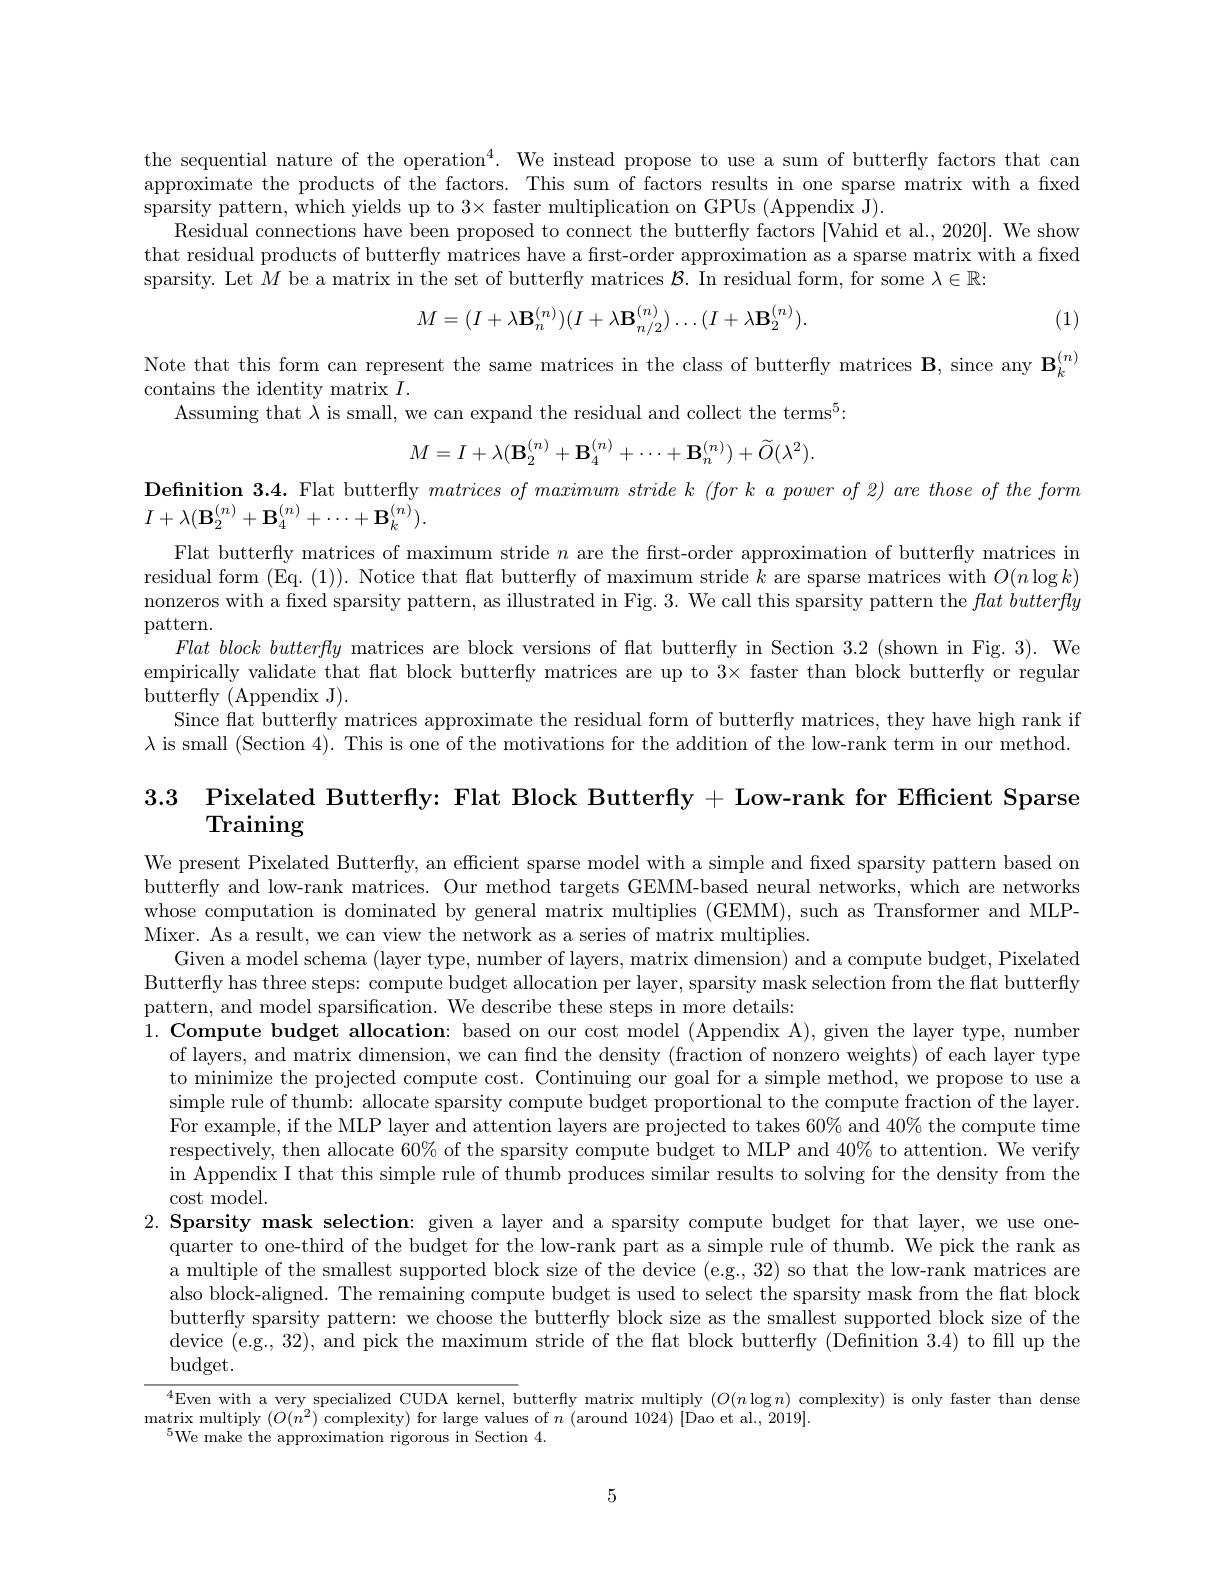
the sequential nature of the operation$^4.$ We instead propose to use a sum of butterfly factors that can approximate the products of the factors. This sum of factors results in one sparse matrix with a fixed sparsity pattern, which yields up to 3× faster multiplication on GPUs (Appendix J).
Residual connections have been proposed to connect the butterfly factors [Vahid et al., 2020]. We show that residual products of butterfly matrices have a first-order approximation as a sparse matrix with a fixed sparsity. Let $M$ be a matrix in the set of butterfly matrices $\mathcal{B}.$ In residual form, for some $\lambda\in\mathbb{R}:$

(1)
$$M=(I+\lambda\mathbf{B}_{n}^{(n)})(I+\lambda\mathbf{B}_{n/2}^{(n)})\ldots(I+\lambda\mathbf{B}_{2}^{(n)}).$$
Note that this form can represent the same matrices in the class of butterfly matrices B, since any $\mathbf{B}_k^{(n)}$
contains the identity matrix $I.$
Assuming that $\lambda$ is small, we can expand the residual and collect the terms$^5:$
$$M=I+\lambda(\mathbf{B}_2^{(n)}+\mathbf{B}_4^{(n)}+\cdots+\mathbf{B}_n^{(n)})+\widetilde{O}(\lambda^2).$$
$\textbf{Definition 3. 4. Flat butterfly }matricesofmaximumstridek( forkapowerof2) arethoseoftheform$
$I+\lambda(\mathbf{B}_{2}^{(n)}+\mathbf{B}_{4}^{(n)}+\cdots+\mathbf{B}_{k}^{(n)}).$
Flat butterfly matrices of maximum stride $n$ are the first-order approximation of butterfly matrices in residual form (Eq.(1)). Notice that flat butterfly of maximum stride $k$ are sparse matrices with $O(n\log k)$ nonzeros with a fxed sparsity pattern, as illustrated in Fig. 3. We call this sparsity pattern the $flat\textit{butterfly}$ $\operatorname{pattern}.$
Flat block butterfly matrices are block versions of flat butterfly in Section 3.2 (shown in Fig. 3). We empirically validate that flat block butterfly matrices are up to 3× faster than block butterfly or regular butterfly (Appendix J).
Since flat butterfly matrices approximate the residual form of butterfly matrices, they have high rank if $\lambda$ is small (Section 4). This is one of the motivations for the addition of the low-rank term in our method

3.3 Pixelated Butterfly: Flat Block Butterfly + Low-rank for Efficient Sparse

Training

We present Pixelated Butterfly, an efficient sparse model with a simple and fixed sparsity pattern based on butterfly and low-rank matrices. Our method targets GEMM-based neural networks, which are networks whose computation is dominated by general matrix multiplies (GEMM), such as Transformer and MLPMixer. As a result, we can view the network as a series of matrix multiplies.
Given a model schema (layer type, number of layers, matrix dimension) and a compute budget, Pixelated Butterfly has three steps: compute budget allocation per layer, sparsity mask selection from the flat butterfly pattern, and model sparsification. We describe these steps in more details:
1. Compute budget allocation: based on our cost model (Appendix A), given the layer type, number
of layers, and matrix dimension, we can find the density (fraction of nonzero weights) of each layer type to minimize the projected compute cost. Continuing our goal for a simple method, we propose to use a simple rule of thumb: allocate sparsity compute budget proportional to the compute fraction of the layer. For example, if the MLP layer and attention layers are projected to takes 60% and 40% the compute time respectively, then allocate 60% of the sparsity compute budget to MLP and 40% to attention. We verify in Appendix I that this simple rule of thumb produces similar results to solving for the density from the cost model.
2.Sparsity mask selection: given a layer and a sparsity compute budget for that layer, we use one-
quarter to one-third of the budget for the low-rank part as a simple rule of thumb. We pick the rank as a multiple of the smallest supported block size of the device (e.g, 32) so that the low-rank matrices are also block-aligned. The remaining compute budget is used to select the sparsity mask from the flat block butterfly sparsity pattern: we choose the butterfly block size as the smallest supported block size of the device (e.g., 32), and pick the maximum stride of the flat block butterfly (Defnition 3.4) to fill up the $\operatorname{budget}.$

$^{4}$Even with a very specialized CUDA kernel, butterfly matrix multiply $(O(n\log n)$ complexity) is only faster than dense
$\operatorname*{matrix~multiply~}(O(n^{2})$ complexity) for large values of $n$ ( around 1024)  [ Dao et al. ,  2019] .
$^{5}$We make the approximation rigorous in Section 4.

5